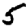
Digit: 5